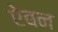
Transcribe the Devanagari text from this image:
ऐबन